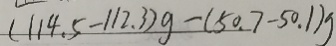
( 1 1 4 . 5 - 1 1 2 . 3 ) g - ( 5 0 . 7 - 5 0 . 1 ) g